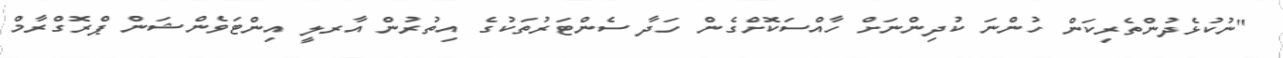
"ނުކުޅެދުންތެރިކަން ހުންނަ ކުދިންނަށް ހާއްސަކޮށްގެން ހަދާ ސެންޓަރުތަކުގެ އިތުރުން އާރލީ އިންޓަވެންޝަން ޕްރޮގްރާމް